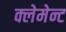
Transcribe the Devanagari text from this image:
क्लेमेन्ट